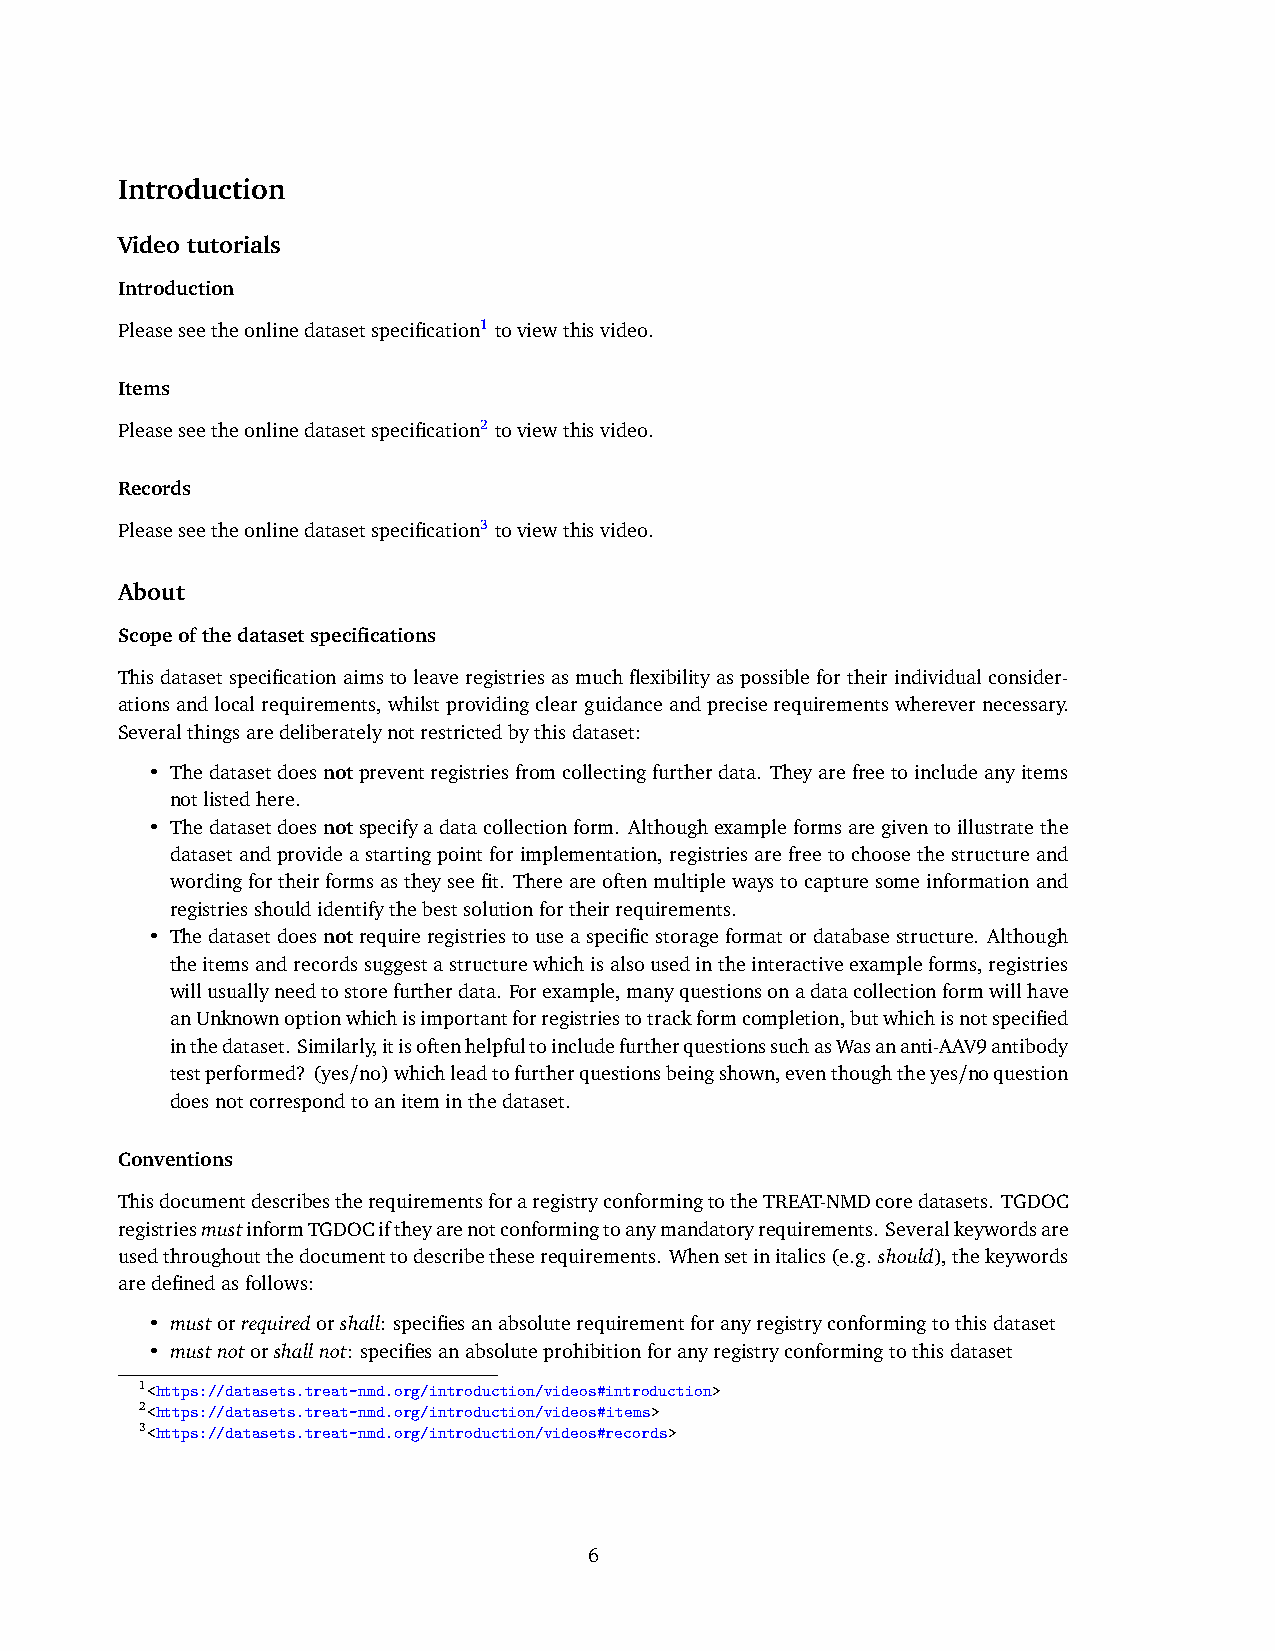
Introduction
 Video tutorials
 Introduction
 Pleaseseetheonlinedatasetspecification1 toviewthisvideo.
 Items
 Pleaseseetheonlinedatasetspecification2 toviewthisvideo.
 Records
 Pleaseseetheonlinedatasetspecification3 toviewthisvideo.
 About
 Scopeofthedatasetspecifications
 Thisdataset specification aims to leave registriesas much flexibility as possible for theirindividual consider-
 ationsandlocalrequirements,whilstprovidingclearguidanceandpreciserequirementswherevernecessary.
 Severalthingsaredeliberatelynotrestrictedbythisdataset:
 • Thedatasetdoesnotpreventregistriesfromcollectingfurtherdata. Theyarefreetoincludeanyitems
 notlistedhere.
 • Thedatasetdoesnotspecifyadatacollectionform. Althoughexampleformsaregiventoillustratethe
 datasetandprovideastartingpointforimplementation, registriesarefreetochoosethestructureand
 wordingfortheirformsastheyseefit. Thereareoftenmultiplewaystocapturesomeinformationand
 registriesshouldidentifythebestsolutionfortheirrequirements.
 • Thedatasetdoesnotrequireregistriestouseaspecificstorageformatordatabasestructure. Although
 theitemsandrecordssuggestastructurewhichisalsousedintheinteractiveexampleforms,registries
 willusuallyneedtostorefurtherdata. Forexample,manyquestionsonadatacollectionformwillhave
 anUnknownoptionwhichisimportantforregistriestotrackformcompletion,butwhichisnotspecified
 inthedataset. Similarly,itisoftenhelpfultoincludefurtherquestionssuchasWasananti-AAV9antibody
 testperformed? (yes/no)whichleadtofurtherquestionsbeingshown,eventhoughtheyes/noquestion
 doesnotcorrespondtoaniteminthedataset.
 Conventions
 ThisdocumentdescribestherequirementsforaregistryconformingtotheTREAT-NMDcoredatasets. TGDOC
 registriesmustinformTGDOCiftheyarenotconformingtoanymandatoryrequirements. Severalkeywordsare
 usedthroughoutthedocumenttodescribetheserequirements. Whensetinitalics(e.g. should),thekeywords
 aredefinedasfollows:
 • mustorrequiredorshall: specifiesanabsoluterequirementforanyregistryconformingtothisdataset
 • mustnotorshallnot: specifiesanabsoluteprohibitionforanyregistryconformingtothisdataset
 1<https://datasets.treat-nmd.org/introduction/videos#introduction>
 2<https://datasets.treat-nmd.org/introduction/videos#items>
 3<https://datasets.treat-nmd.org/introduction/videos#records>
 6